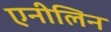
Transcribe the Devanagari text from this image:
एनीलिन